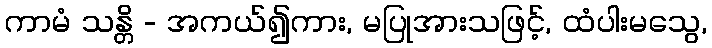
ကာမံ သန္တိ - အကယ်၍ကား, မပြုအားသဖြင့်, ထံပါးမသွေ,